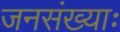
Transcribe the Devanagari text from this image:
जनसंख्याः